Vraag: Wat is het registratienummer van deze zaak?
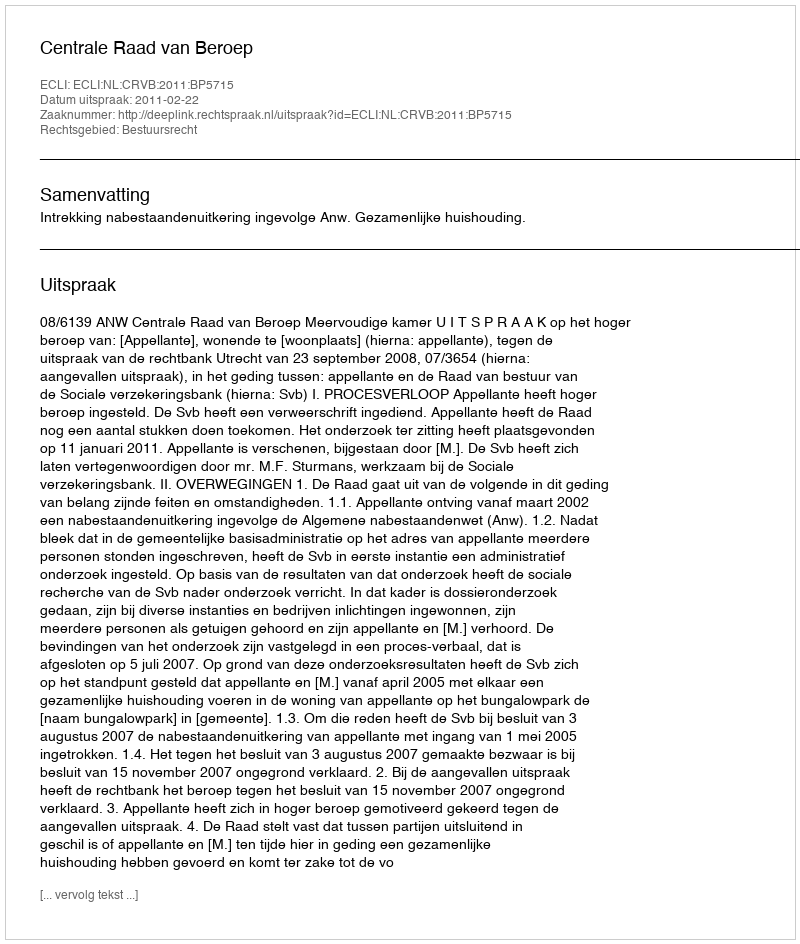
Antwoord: http://deeplink.rechtspraak.nl/uitspraak?id=ECLI:NL:CRVB:2011:BP5715